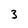
Character: 3